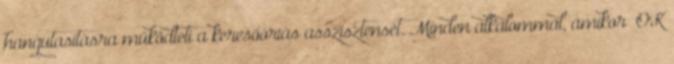
hangutasításra működteti a keresőóriás asszisztensét. Minden alkalommal, amikor „OK